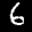
Label: 6